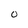
Character: o